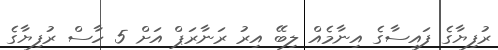
ރުފިޔާގެ ފައިސާގެ އިނާމެއް ލިބޭ އިރު ރަނާރަޕް އަށް 5 ހާސް ރުފިޔާގެ